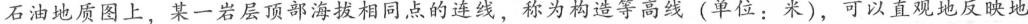
石油地质图上，某一岩层顶部海拔相同点的连线，称为构造等高线(单位：米)，可以直观地反映地